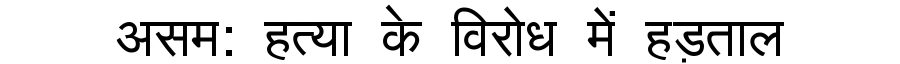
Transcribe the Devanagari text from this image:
असम: हत्या के विरोध में हड़ताल